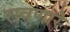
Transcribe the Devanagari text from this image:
रावणारे